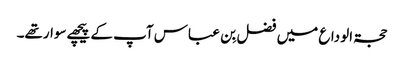
حجۃ الوداع میں فضل بِن عباس آپ کے پیچھےسوارتھے۔